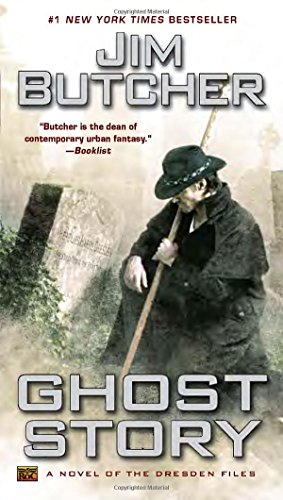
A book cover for Ghost Story: A Novel of the Dresden Files; Jim Butcher; Science Fiction & Fantasy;